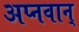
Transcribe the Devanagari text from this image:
अप्नवान्